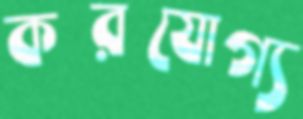
করযোগ্য